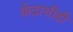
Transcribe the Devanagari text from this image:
केंद्राचीही